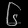
Digit: ၆